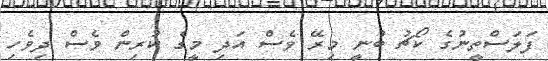
ފަލަސްތީނުގެ ކޯޗު ބުނީ މިރޭ ވެސް އަދި މީގެ ކުރިން ވެސް ދިވެހި